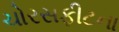
ચોરસફીટના